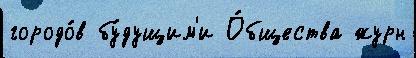
городо́в бу́дущим'и О́бщества журн